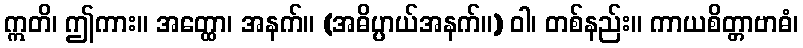
ဣတိ၊ ဤကား။ အတ္ထော၊ အနက်။ (အဓိပ္ပာယ်အနက်။) ဝါ၊ တစ်နည်း။ ကာယစိတ္တာဗာဓံ၊